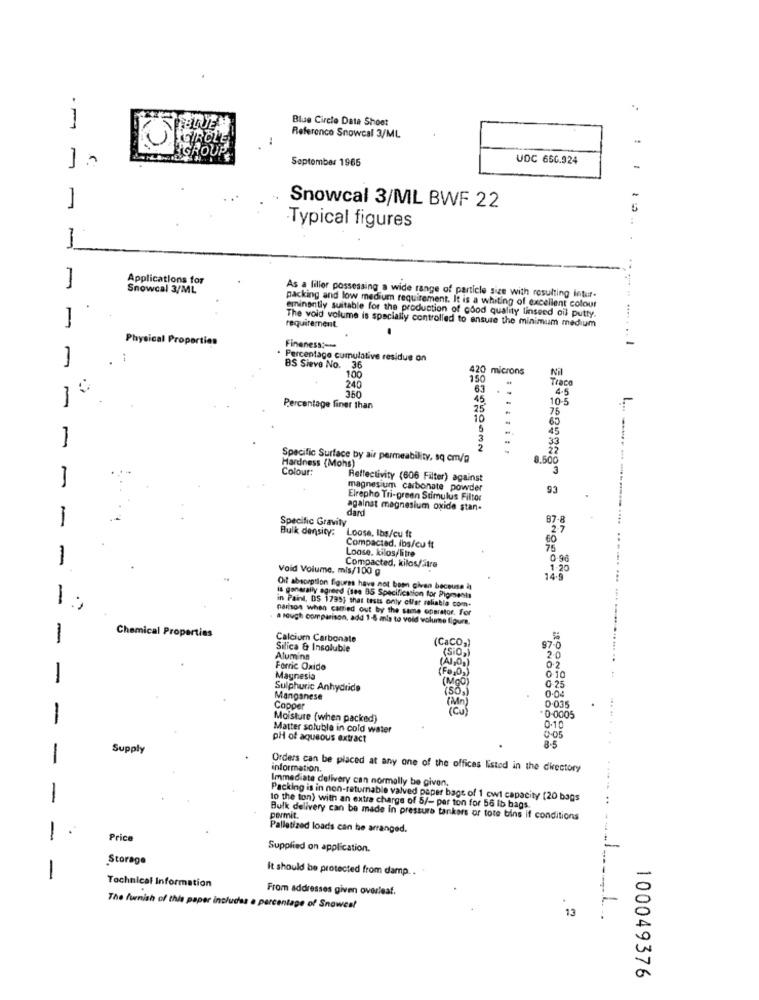
Blue Circle Date Shoot
. M
Reference Snowcal 3/ML
1
September 1965
UDC 66C.924
-
1
Snowcal 3/ML BWF 22
Typical figures
1
Applications for
Snowcal 3/ML
As a filler possessing a wide range of particle size with resulting intur-
packing and low medium requirement. It is a whiting of excellent colour
eminently suitable for the production of Good quality linseed oil putty.
The void volume is specially controlled to ensure the minimum medium
-
requirement.
-
Physical Properties
Fineness :-- >
Percentage cumulative residue on
BS Sieve No. 36
20 microns
Nil
100
240
150
Trace
10
63
4.5
360
45
10-5
Percentage finer than
25
75
10
65
45
1
3
33
2
22
Specific Surface by air permeability, sq cm/g
8.500
Colour:
Hardness (Mohs)
3
Reflectivity (606 Filter) against
magnesium carbonate powder
93
Elrepho Tri-green Stimulus Filtor
dard
against magnesium oxide stan-
1
Specific Gravity
7.8
Bulk density:
Loose, Ibs/cu ft
Loose. kilos/litre
Compactad. Ibs/cu ft
1
0.96
Void Volume. mis/100 g
Compacted, kilos/stre
1.20
14.3
Oif absorption figures have not been given because at
1
is generally agreed (see 95 Specification for Pigments
in Paint, DS 1799, that tests only offer reliable com.
parison when carried out by the same operator. for
a rough comparison, add 1-8 mls to void volume figura.
1
Chemical Properties
Calcium Carbonate
(CaCO,)
Silica & Insoluble
(SiO,)
97-0
Alumina
(AI,0%)
2.0
Forric Oxido
0.2
1
Magnesia
(MOO)
0.10
0.25
Sulphuric Anhydride
0.04
Manganese
Copper
0.035
-
Moisture (when packed)
* 0-0005
Matter soluble in cold water
0-05
0.10
pH of aqueous extract
Supply
8-5
1
Orders can be placed at any one of the offices listed in the directory
information.
Immediate delivery can normally be given,
1
Packing is in non-returnable valved paper bags of 1 cwt capacity [20 bags
10 the ton) with an extra charge of 5/- per ton for 56 ib bags.
pormit.
Bulk delivery can be made in pressure tankers or tore bins if conditions
1.
Palletized loads can be arranged.
Price
Supplied on application.
Storage
It should be protected from damp ..
-
Technical Information
From addresses given overleaf.
The furnish of this paper includes a percentage of Snowes!
13
100049376